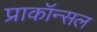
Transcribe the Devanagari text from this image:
प्राकॉन्सल